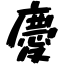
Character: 慶